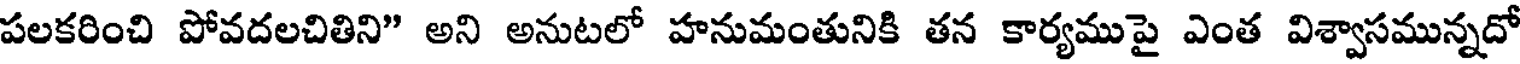
పలకరించి పోవదలచితిని" అని అనుటలో హనుమంతునికి తన కార్యముపై ఎంత విశ్వాసమున్నదో